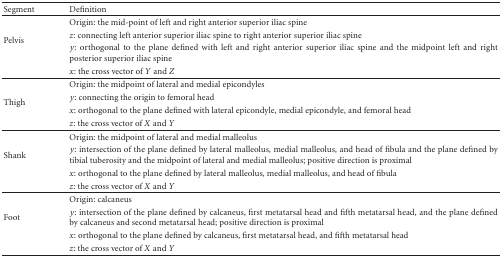
<table><thead><tr><td><b>Segment</b></td><td><b>Definition</b></td></tr></thead><tbody><tr><td rowspan="4">Pelvis</td><td>Origin: the mid-point of left and right anterior superior iliac spine</td></tr><tr><td><i>z</i>: connecting left anterior superior iliac spine to right anterior superior iliac spine</td></tr><tr><td><i>y</i>: orthogonal to the plane defined with left and right anterior superior iliac spine and the midpoint left and right posterior superior iliac spine</td></tr><tr><td><i>x</i>: the cross vector of <i>Y</i> and <i>Z</i></td></tr><tr><td rowspan="4">Thigh</td><td>Origin: the midpoint of lateral and medial epicondyles</td></tr><tr><td><i>y</i>: connecting the origin to femoral head</td></tr><tr><td><i>x</i>: orthogonal to the plane defined with lateral epicondyle, medial epicondyle, and femoral head</td></tr><tr><td><i>z</i>: the cross vector of <i>X</i> and <i>Y</i></td></tr><tr><td rowspan="4">Shank</td><td>Origin: the midpoint of lateral and medial malleolus</td></tr><tr><td><i>y</i>: intersection of the plane defined by lateral malleolus, medial malleolus, and head of fibula and the plane defined by tibial tuberosity and the midpoint of lateral and medial malleolus; positive direction is proximal</td></tr><tr><td><i>x</i>: orthogonal to the plane defined by lateral malleolus, medial malleolus, and head of fibula</td></tr><tr><td><i>z</i>: the cross vector of <i>X</i> and <i>Y</i></td></tr><tr><td rowspan="4">Foot</td><td>Origin: calcaneus</td></tr><tr><td><i>y</i>: intersection of the plane defined by calcaneus, first metatarsal head and fifth metatarsal head, and the plane defined by calcaneus and second metatarsal head; positive direction is proximal</td></tr><tr><td><i>x</i>: orthogonal to the plane defined by calcaneus, first metatarsal head, and fifth metatarsal head</td></tr><tr><td><i>z</i>: the cross vector of <i>X</i> and <i>Y</i></td></tr></tbody></table>